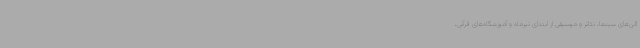
الن‌های سینما، تئاتر و موسیقی از ابتدای تیرماه و آموزشگاه‌های قرآنی،